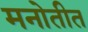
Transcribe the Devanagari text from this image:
मनोतीत